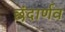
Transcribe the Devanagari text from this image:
छंदार्णव